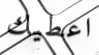
اعطيك